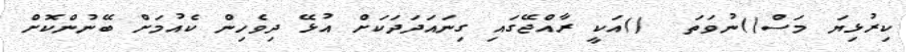
ކިރުޅިޔަ މަސް()ނުވަތަ  ()އަކީ ރާއްޖޭގައި ގިނައަދަދަކަށް އުޅޭ ދިވެހިން ކެއުމަށް ބޭނުންކޮށް